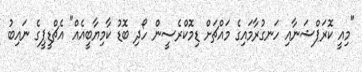
"މިއީ ކޮރަޕްޝަނާއި ހަނގުރާމައިގެ މައްޗަށް ޑިމޮކްރެސީން ހޯދި ބޮޑު ކާމިޔާބީއެއް" އެޗްޑީޕީގެ ނައިބު